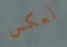
لعكس